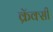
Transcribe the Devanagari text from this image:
क्रॅक्सी